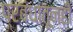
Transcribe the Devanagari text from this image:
प्रबंधातूनही